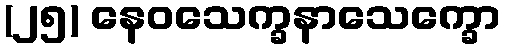
(၂၅) နေဝသေက္ခနာသေက္ခော